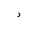
Letter: _dal